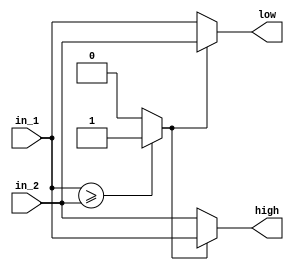
`timescale 1ns/10ps
//////////////////////////////////////////////////////////////////////////////////
// Sorting PE 2I2O
// Structure: Systolic array PE
// Class: high(>=), low(<)
//
//////////////////////////////////////////////////////////////////////////////////

module  Compare_node_2I2O(
    input  [7:0] in_1, in_2,
    output  [7:0] high, low
	);

wire higher;

assign higher = (in_1>=in_2)? 1'b1:1'b0;

assign high = (higher==1'b1)? in_1:in_2;
assign low = (higher==1'b1)? in_2:in_1;

endmodule